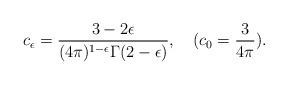
LaTeX: \begin{align*}c_{\epsilon}= \frac{3 - 2 \epsilon}{(4\pi)^{1-\epsilon}\Gamma(2-\epsilon)},\quad (c_0=\frac{3}{4\pi}).\end{align*}